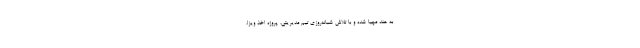
به هند مهیا شده و با تلاش شبانه‌روزی تیم مدیریتی، پروژه اخذ ویزا،